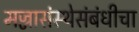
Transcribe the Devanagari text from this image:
मज्जासंस्थेसंबंधीचा